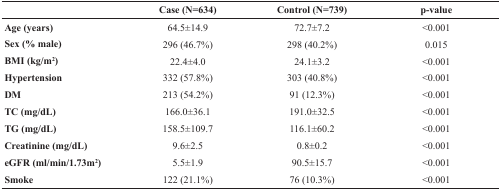
|  | Case (N=634) | Control (N=739) | p-value |
 | --- | --- | --- | --- |
 | Age (years) | 64.5±14.9 | 72.7±7.2 | <0.001 |
 | Sex (% male) | 296 (46.7%) | 298 (40.2%) | 0.015 |
 | BMI (kg/m2) | 22.4±4.0 | 24.1±3.2 | <0.001 |
 | Hypertension | 332 (57.8%) | 303 (40.8%) | <0.001 |
 | DM | 213 (54.2%) | 91 (12.3%) | <0.001 |
 | TC (mg/dL) | 166.0±36.1 | 191.0±32.5 | <0.001 |
 | TG (mg/dL) | 158.5±109.7 | 116.1±60.2 | <0.001 |
 | Creatinine (mg/dL) | 9.6±2.5 | 0.8±0.2 | <0.001 |
 | eGFR (ml/min/1.73m2) | 5.5±1.9 | 90.5±15.7 | <0.001 |
 | Smoke | 122 (21.1%) | 76 (10.3%) | <0.001 |